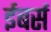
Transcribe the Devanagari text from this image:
ईबर्स